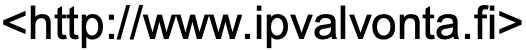
<http://www.ipvalvonta.fi>